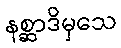
နစ္ဆာဒိမှသေ